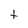
Character: t